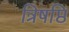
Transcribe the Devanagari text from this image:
त्रिषष्ठि